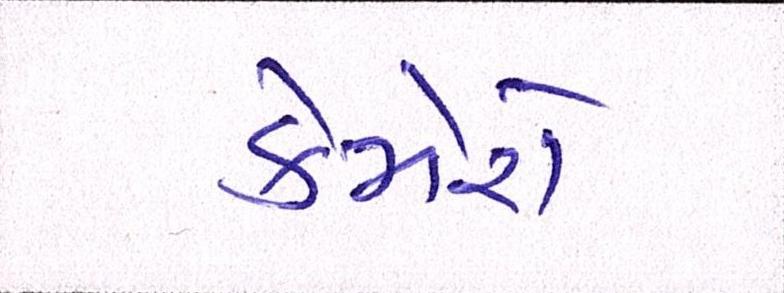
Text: કેમેરો